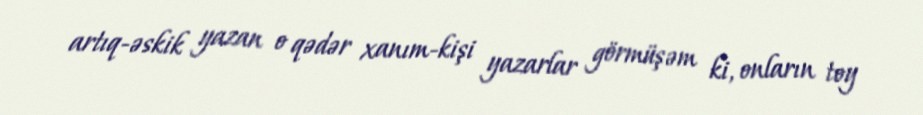
artıq-əskik yazan o qədər xanım-kişi yazarlar görmüşəm ki, onların toy